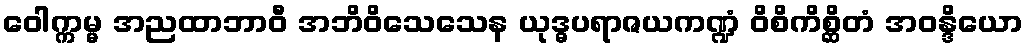
ဝေါက္ကမ္မ အညထာဘာဝီ အဘိဝိသေသေန ယုဒ္ဓပရာဇယကဏ္ဍံ ဝိစိကိစ္ဆိတံ အဝန္ဒိယော